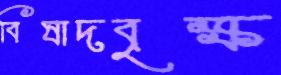
বিষাদবৃক্ষ